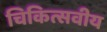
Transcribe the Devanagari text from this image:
चिकित्सवीय